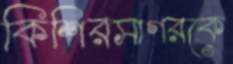
কিশিরসাগরকে